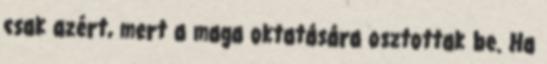
csak azért, mert a maga oktatására osztottak be. Ha